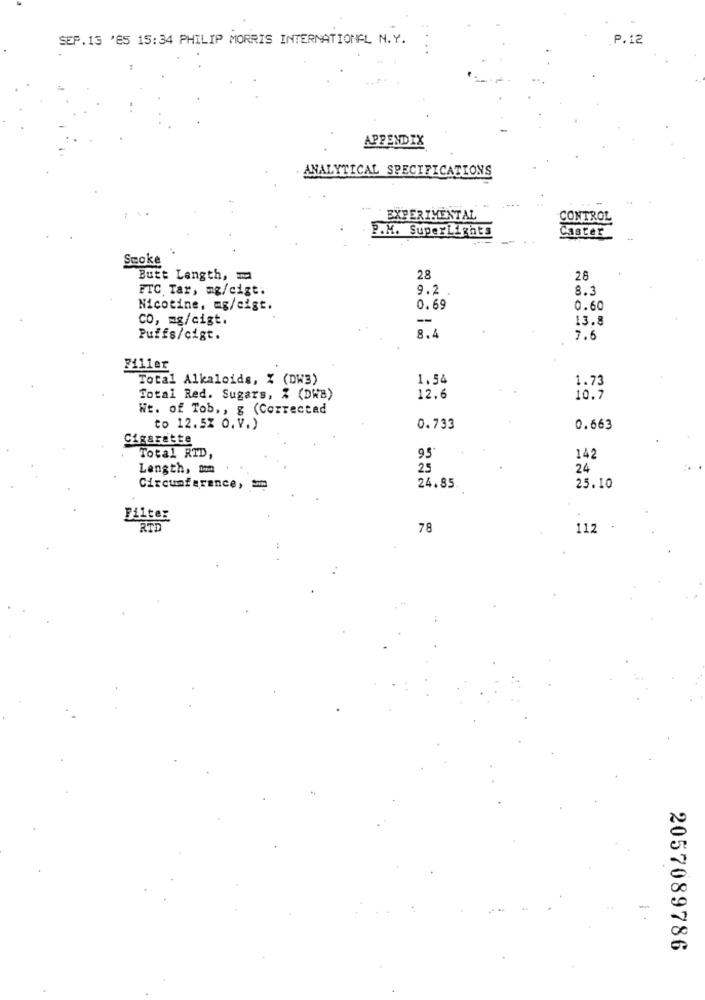
SEP.15 'ES 15:34 PHILIP MORRIS INTERNATIONAL N.Y.
P.12
APPENDIX
ANALYTICAL SPECIFICATIONS
EXPERIMENTAL
CONTROL
P.M. SuperLights
Caster
Smoke
Butt Length, ma
28
28
FTC Tar, mg/cigt;
9.2
8.3
Nicotine, mg/cigt.
0.69
0.60
CO, mg/cigt.
--
13.8
Puffs/cigt.
8.4
7.6
Filler
Total Alkaloids, % (DW3)
1.54
1.73
12.6
Total Red. Sugars, % (DWB)
10.7
Wt. of Tob ., g (Correctad
to 12.52 O.V.)
0.733
0.663
Cigarette
Total RTD,
95
142
Length, om
25
24
24.85
25.10
Circumference,
Filter
RTD
78
112 .
2057089786